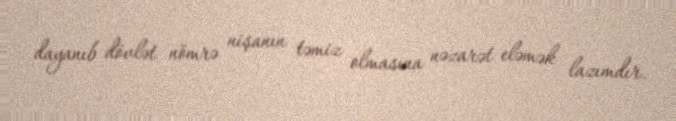
dayanıb dövlət nömrə nişanın təmiz olmasına nəzarət eləmək lazımdır.